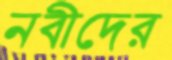
নবীদের